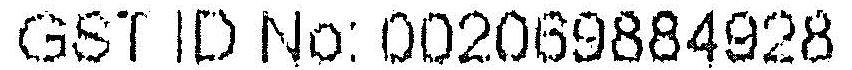
GST ID NO: 002069884928